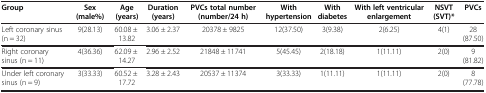
<table><thead><tr><td><b>Group</b></td><td><b>Sex (male%)</b></td><td><b>Age (years)</b></td><td><b>Duration (years)</b></td><td><b>PVCs total number (number/24 h)</b></td><td><b>With hypertension</b></td><td><b>With diabetes</b></td><td><b>With left ventricular enlargement</b></td><td><b>NSVT (SVT)*</b></td><td><b>PVCs</b></td></tr></thead><tbody><tr><td>Left coronary sinus (n = 32)</td><td>9(28.13)</td><td>60.08 ± 13.82</td><td>3.06 ± 2.37</td><td>20378 ± 9825</td><td>12(37.50)</td><td>3(9.38)</td><td>2(6.25)</td><td>4(1)</td><td>28(87.50)</td></tr><tr><td>Right coronary sinus (n = 11)</td><td>4(36.36)</td><td>62.09 ± 14.27</td><td>2.96 ± 2.52</td><td>21848 ± 11741</td><td>5(45.45)</td><td>2(18.18)</td><td>1(11.11)</td><td>2(0)</td><td>9(81.82)</td></tr><tr><td>Under left coronary sinus (n = 9)</td><td>3(33.33)</td><td>60.52 ± 17.72</td><td>3.28 ± 2.43</td><td>20537 ± 11374</td><td>3(33.33)</td><td>1(11.11)</td><td>1(11.11)</td><td>2(0)</td><td>8(77.78)</td></tr></tbody></table>